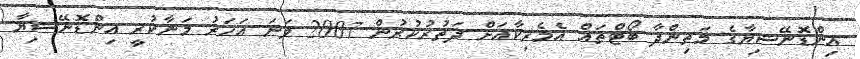
އިންޑޮނޭޝިޔާގެ މަތިންދާ ބޯޓްތައް އެމެރިކާއަށް ދަތުރުކުރުން 2007 ވަނަ އަހަރު މަނާކުރީ އިންޑޮނޭޝިޔާ